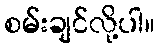
စမ်းချင်လို့ပါ။